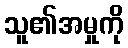
သူ၏အမှုကို